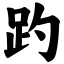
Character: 趵